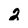
Character: 2